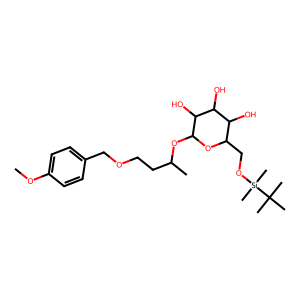
SMILES: COc1ccc(COCCC(C)OC2OC(CO[Si](C)(C)C(C)(C)C)C(O)C(O)C2O)cc1
Inhibits HIV replication: No